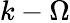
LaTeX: k-\Omega